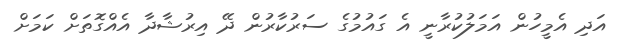
އަދި އެމީހުން އަމަލުކުރާނީ އެ ގައުމުގެ ސަރުކާރުން ދޭ އިރުޝާދާ އެއްގޮތަށް ކަމަށް